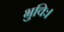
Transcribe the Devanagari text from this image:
भुविः।